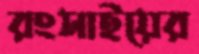
রংসাইয়ের